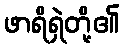
ဖာရိရှဲတို့၏